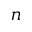
n